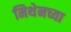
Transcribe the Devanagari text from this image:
मिथेनच्या